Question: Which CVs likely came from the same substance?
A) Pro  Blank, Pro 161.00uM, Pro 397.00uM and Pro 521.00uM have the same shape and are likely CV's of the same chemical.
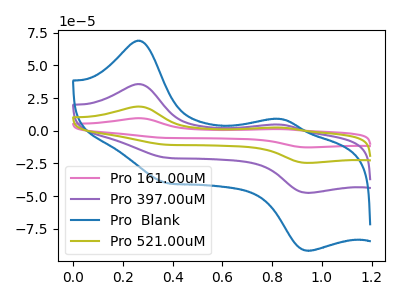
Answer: <think>The pink curve "Pro 161.00uM" has anodic peaks at (0.25V, 107.15uA) (0.85V, 14.00uA) and cathodic peaks at (0.35V, -61.85uA) (0.95V, -142.90uA). The purple curve "Pro 397.00uM" has anodic peaks at (0.25V, 35.70uA) (0.85V, 4.65uA) and cathodic peaks at (0.35V, -20.60uA) (0.95V, -47.65uA). The blue curve "Pro  Blank" has anodic peaks at (0.25V, 68.95uA) (0.85V, 9.00uA) and cathodic peaks at (0.35V, -39.80uA) (0.95V, -91.95uA). The olive curve "Pro 521.00uM" has anodic peaks at (0.25V, 71.45uA) (0.85V, 9.30uA) and cathodic peaks at (0.35V, -41.25uA) (0.95V, -95.25uA).
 All the peaks in "Pro 161.00uM" have a peak in "Pro 397.00uM" at the same potential. Every peak in "Pro 161.00uM" is higher than every peak in "Pro 397.00uM". All the peaks in "Pro 161.00uM" have a peak in "Pro  Blank" at the same potential. Every peak in "Pro 161.00uM" is higher than every peak in "Pro  Blank". All the peaks in "Pro 161.00uM" have a peak in "Pro 521.00uM" at the same potential. Every peak in "Pro 161.00uM" is higher than every peak in "Pro 521.00uM". All the peaks in "Pro 397.00uM" have a peak in "Pro  Blank" at the same potential. Every peak in "Pro 397.00uM" is lower than every peak in "Pro  Blank". All the peaks in "Pro 397.00uM" have a peak in "Pro 521.00uM" at the same potential. Every peak in "Pro 397.00uM" is lower than every peak in "Pro 521.00uM". All the peaks in "Pro  Blank" have a peak in "Pro 521.00uM" at the same potential. Every peak in "Pro  Blank" is lower than every peak in "Pro 521.00uM".</think>
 <answer>A) "Pro  Blank", "Pro 161.00uM", "Pro 397.00uM" and "Pro 521.00uM" have the same shape and are likely CV's of the same chemical.</answer>
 <eval>A</eval>